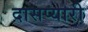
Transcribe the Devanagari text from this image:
दासप्यारी